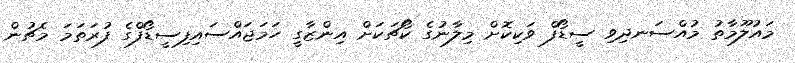
މައުލޫމާތު މުއްސަނދިވި ސީޑޯފް ވަކިކޮށް މިލާނުގެ ކޯޗަކަށް އިންޒާގީ ހަމަޖައްސައިފިސީޑޯފްގެ ފުރަތަމަ މެޗުން